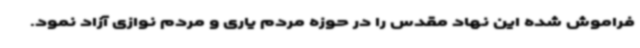
فراموش شده این نهاد مقدس را در حوزه مردم یاری و مردم نوازی آزاد نمود.